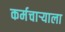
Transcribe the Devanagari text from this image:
कर्मचाऱ्याला